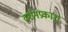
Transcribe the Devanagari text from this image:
दर्शनप्रकाश